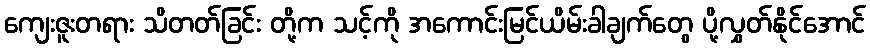
ကျေးဇူးတရား သိတတ်ခြင်း တို့က သင့်ကို အကောင်းမြင်ယိမ်းခါချက်တွေ ပို့လွှတ်နိုင်အောင်